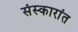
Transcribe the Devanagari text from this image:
संस्कारांत